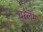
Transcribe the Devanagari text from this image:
बर्स्लेम